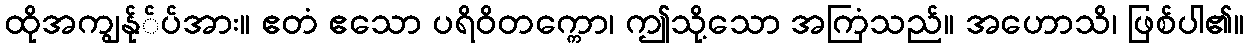
ထိုအကျွန်ု်ပ်အား။ ဧတံ ဧသော ပရိဝိတက္ကော၊ ဤသို့သော အကြံသည်။ အဟောသိ၊ ဖြစ်ပါ၏။